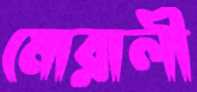
মোরালী